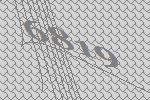
6819